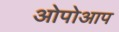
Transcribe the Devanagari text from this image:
ओपोआप